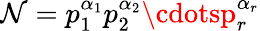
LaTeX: \mathcal{N}=p_{1}^{\alpha_{1}}p_{2}^{\alpha_{2}}\cdotsp_{r}^{\alpha_{r}}